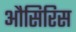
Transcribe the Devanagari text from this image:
औसिरिस